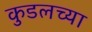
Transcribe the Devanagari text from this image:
कुडलच्या